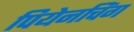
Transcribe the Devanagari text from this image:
पियेनचिंग